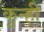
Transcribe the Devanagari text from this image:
कुन्ही